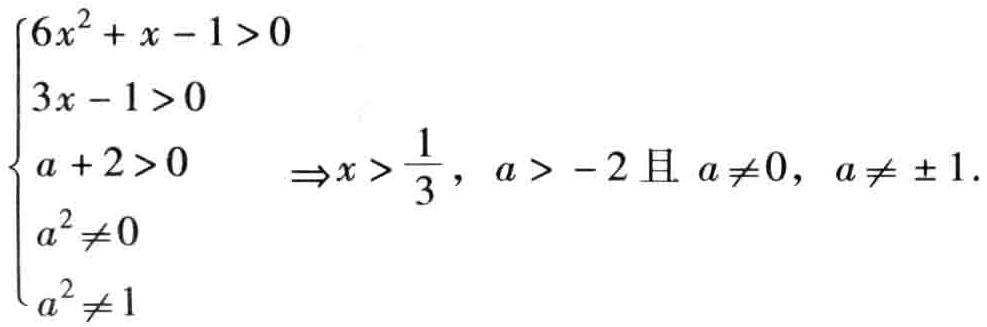
\(\begin{cases}
6x^{2}+x - 1>0 \\
3x - 1>0 \\
a + 2>0 \\
a^{2}\neq0 \\
a^{2}\neq1
\end{cases}\Rightarrow x>\frac{1}{3},a>-2\text{ 且 }a\neq0,a\neq\pm1\)